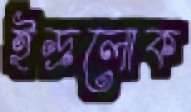
ইন্দ্রলোক